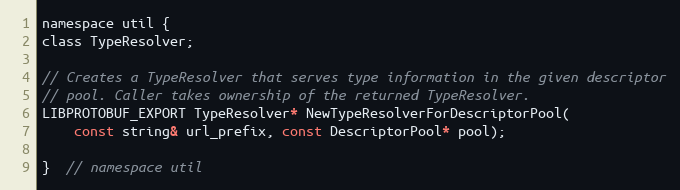
Language: C
namespace util {
class TypeResolver;

// Creates a TypeResolver that serves type information in the given descriptor
// pool. Caller takes ownership of the returned TypeResolver.
LIBPROTOBUF_EXPORT TypeResolver* NewTypeResolverForDescriptorPool(
    const string& url_prefix, const DescriptorPool* pool);

}  // namespace util